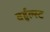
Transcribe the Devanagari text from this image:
वर्हुल्स्ट